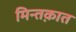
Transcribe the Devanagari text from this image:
मिन्तक़ात